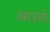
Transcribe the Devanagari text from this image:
आउतो